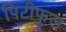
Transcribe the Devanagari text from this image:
पिटीफुल